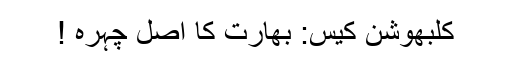
کلبھوشن کیس: بھارت کا اصل چہرہ !